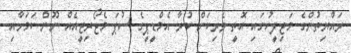
ރައްޔިތުންގެ މަޖިލީހުގައި އޮތީ ވެރިކަން ކުރާ އެމްޑީޕީގެ ސުޕަ މެޖޯރިޓީއެއް ނޫން ކަމަށާއި